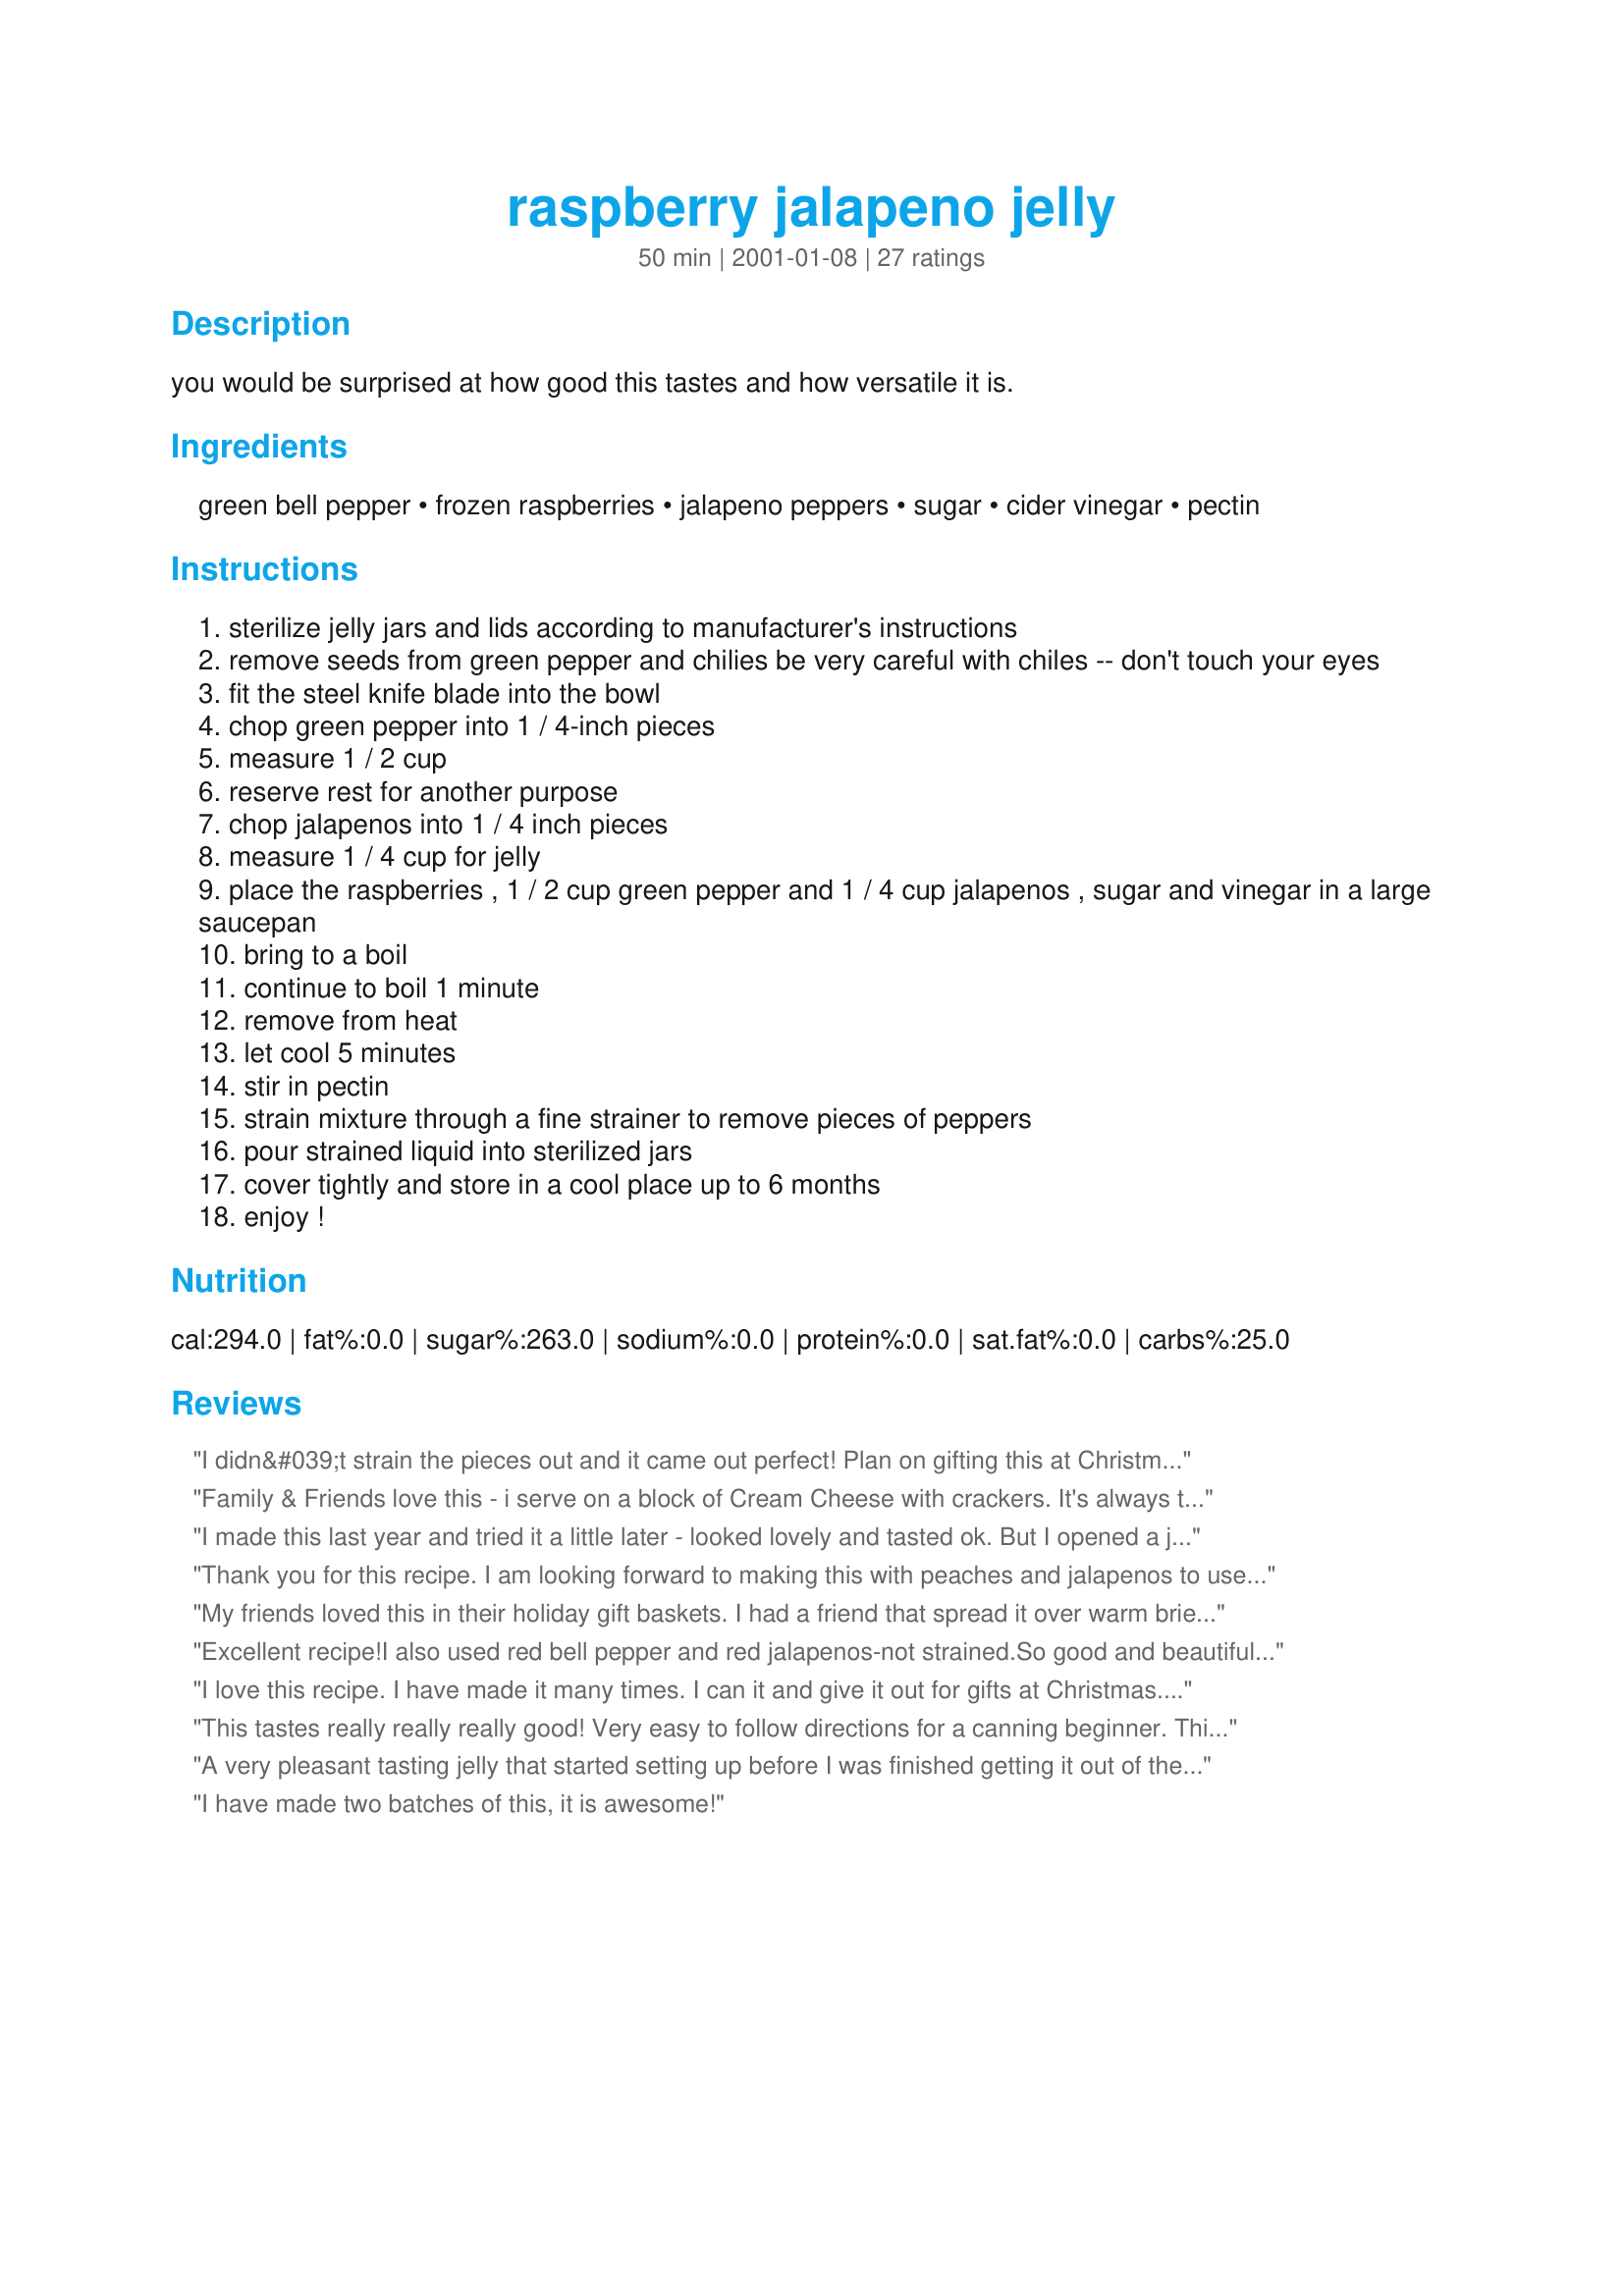
raspberry jalapeno jelly
Preparation time: 50 minutes

you would be surprised at how good this tastes and how versatile it is.

Ingredients:
green bell pepper, frozen raspberries, jalapeno peppers, sugar, cider vinegar, pectin

Steps:
sterilize jelly jars and lids according to manufacturer's instructions
remove seeds from green pepper and chilies be very careful with chiles -- don't touch your eyes
fit the steel knife blade into the bowl
chop green pepper into 1 / 4-inch pieces
measure 1 / 2 cup
reserve rest for another purpose
chop jalapenos into 1 / 4 inch pieces
measure 1 / 4 cup for jelly
place the raspberries , 1 / 2 cup green pepper and 1 / 4 cup jalapenos , sugar and vinegar in a large saucepan
bring to a boil
continue to boil 1 minute
remove from heat
let cool 5 minutes
stir in pectin
strain mixture through a fine strainer to remove pieces of peppers
pour strained liquid into sterilized jars
cover tightly and store in a cool place up to 6 months
enjoy !

Reviews:
I didn&#039;t strain the pieces out and it came out perfect! Plan on gifting this at Christmas time.
Family & Friends love this - i serve on a block of Cream Cheese with crackers. It's always the first to disappear. I always have too many jalapenos from the garden and I can't seem to make enough of this. I don't strain either. Wonderful!!
I made this last year and tried it a little later - looked lovely and tasted ok. But I opened a jar last week and it really picked up the flavor of the peppers and tastes great. Won blue ribbon at the county fair this year!
Thank you for this recipe. I am looking forward to making this with peaches and jalapenos to use over baked brie this holiday season. I will update my review with stars once I try it. Thanks again!
My friends loved this in their holiday gift baskets. I had a friend that spread it over warm brie and it was a hit :) This recipe is a keeper! :)
Excellent recipe!I also used red bell pepper and red jalapenos-not strained.So good and beautiful in the jar!!!
I love this recipe. I have made it many times. I can it and give it out for gifts at Christmas. I use red jalapeno's and red bell pepper and I don't strain this jelly. It looks great and has a good kick to it.
This tastes really really really good! Very easy to follow directions for a canning beginner. This is only my 2nd time making jelly and I have a good feeling about this batch! I made a different kind of jelly a few months ago that didn't set up. I'm pretty positive this will set up- I bought 6 oz pkgs of liquid pectin by mistake and tried to only use half of the pkg but I think I ended up adding about 4-5 oz. This will just result in a firmer jelly i'd assume. I'll definately be making this again and again!!!
A very pleasant tasting jelly that started setting up before I was finished getting it out of the pan and into the jars. We taste more of the peppers with just a hint of the heat from the jalapeno and a hint of raspberry also comes through. Very tasty and I highly recommend the recipe.
I have made two batches of this, it is awesome!
Okay- DH got hooked on this pineapple pepper jelly that was gifted to us recently and absolutely insisted that I make some for him. Couldn't find that recipe, but thought it would work out to just sub fruits, so I followed the recipe completely except I subbed in 1 cup well drained crushed pineapple. The only problem I had was that it didn't jell up very well (enough, but still pretty liquidy). Still tasty as heck! Thanks for posting this gem!
Yum, yum, yum!!! We were really surprised at how GOOD this jelly is. My hubby is VERY picky so I didnt tell him what it was when I had him try it. He loved it!!!!!
This is excellent and easy! Wonderful detailed instructions make this a recipe anyone can do. I will be making this one often!
This is great! Followed just as written, except did not strain out the seeds and pepper pieces, so it was a jam. Great flavor, awesome on crackers alone, or with cream cheese. Turned out very pretty in the jars, I am so glad I found this and made it.
I wasn't sure if I was to use liquid or powder pectin. Only had outdated liquid pectin and used whole pouch and it did not set but being one not to waste and the flavors were outstanding I used as a sauce that I added meatballs to and heated thru. Will get in touch for help on this one - would love to try again.
This recipe works very well as an alternative dip for corn tortilla chips in place of sour cream based or cheese dips. For a quick off the shelf version, melt three tablespoons of raspberry jelly in the microwave for one minute, and add one tablespoon ( more of less depending on taste ) of jalapeno salsa.
We followed the directions exactly - delicious! Will make great gifts!
Very easy and a crowd pleaser. Used for holiday gifts. So far only rave reviews.
Made this in 2006. Gave as Christmas gifts. Grandchildren have requested their own loaf of bread,#72180, which I use the bread machine to mix and proof, but put in 2 one lb loaf pans and bake at 375 degrees for 35 minutes. and 8 oz bottle of this Jelly. and 8 oz of cream cheese. 
This is their favorite jelly and way to eat it. Too many grandchildren to make for Christmas so they get it for their birthdays instead. Did not strain the peppers, Also I have found I prefer 1 cup of vinegar for the recipe. It has jelled wonderfully for me.
Awesome flavor, glad I did not put all seeds in, thank God, since the jalepenos I had were super hot! Nice kick to it. Also did not strain. However, it is not setting up as thick as I like jelly or jam. Still a little runny, hopefully after a few days it will set up nice. If it does not, still good, would be great with cream cheese or brie!
My family and I loved this recipe. It was easy to make and awesome to enjoy. I didn&#039;t modify any of the ingredients, either. Can&#039;t wait to make more!!! I plan on using this for many different occasions. Totally recommend this recipe!!
This is soooooo unbelievably delicious. Yea I thought it didn’t sound that good but OMG you have got to try it. Now I substituted Blackberries for the Raspberries. It has to be delicious as well. Thanks who posted the recipe. You are the BOMB !!!!!
 I couldn't find a recipe for jalapeno blueberry jam and someone suggested this one. I mashed the blueberries and it was wonderful. I didn't strain it though because everyone said they wanted the peppers in there. I'll make this again next year in blueberry season. Thanks for a great recipe. — Aug 27, 2005, — Aug 29, 2005
This recipe turns out a phenomenal color and would make a great gift. It is great on toast with butter and bagels with cream cheese, basically any fat helps to cut the spice a little. Our first batch turned out a little thin. Also, if you are planning on water bathing these jars for storage make these adjustments: cool, strain (BTW â€“ we left seeds in the jalapenos), add liquid pectin, bring to a boil for 1 minute, then put in jars and process accordingly. Once it has been put through the water bath it has a great set. It might seem a little firm, but once you taste it you wonâ€™t care!
VERY good ... This was my first try and it turned out great !
I was wondering if the 5 Jalapenos called for in the recipe are correct. I chopped up 1 and that already made 1/4 cup !?
Like the others I also left the pepper and berry pieces in the Jelly for an extra kick :) Great recipe
Made this recipe twice. Followed the instructions exactly and both batches did not set up. Very disappointing.
Very tasty jelly, I made this yesterday and my brother kept licking the empty pan. Very good.
